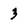
Character: 3